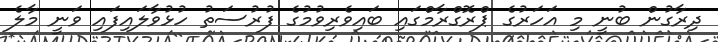
ދިރާގުން ބުނީ މި އަހަރުގެ ޕްރޮގްރާމްގައި ބައިވެރިވުމުގެ ފުރުސަތު ހުޅުވާލައިފައި ވަނީ މާލެ